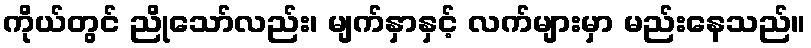
ကိုယ်တွင် ညိုသော်လည်း၊ မျက်နှာနှင့် လက်များမှာ မည်းနေသည်။